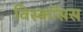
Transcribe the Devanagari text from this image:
विस्कॉसस